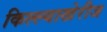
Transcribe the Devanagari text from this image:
किल्ल्याखेरीज